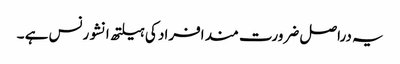
یہ دراصل ضرورت مند افراد کی ہیلتھ انشورنس ہے ۔